Leprosy in India: report of the Leprosy Commission in India, 1890-91
Year: 1890
Disease focus: Leprosy
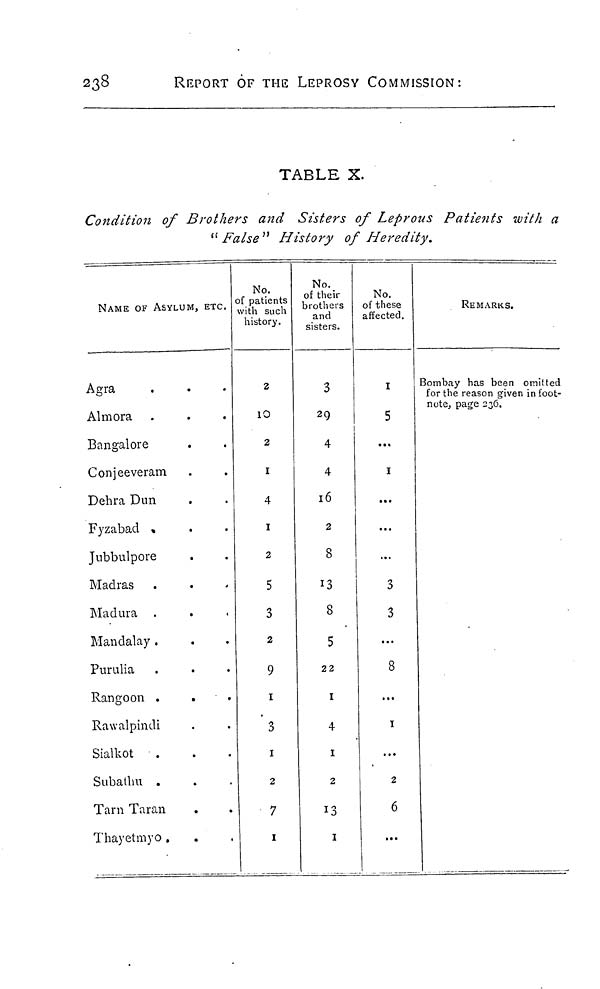
238
REPORT OF THE LEPROSY COMMISSION:
TABLE X.
Condition of Brothers and Sisters of Leprous Patients with a
"False" History of Heredity.
NAME OF ASYLUM, ETC.
Agra
Almora
Bangalore
Conjeeveram
Dehra Dun
Fyzabad
Jubbulpore
Madras
Madura .
Mandalay .
Purulia
Rangoon .
Rawalpindi
Sialkot
Subathu .
Tarn Taran
Thayetmyo .
No.
of patients
with such
history.
2
10
2
I
4
I
2
5
3
2
9
1
3
I
2
7
I
No.
of their
brothers
and
sisters.
3
29
4
4
16
2
8
13
8
5
22
1
4
1
2
1
No.
of these
affected.
I
5
...
1
...
...
...
3
3
...
8
...
1
...
2
6
REMARKS.
Bombay has been omitted
for the reason given in foot-
note, page 236.